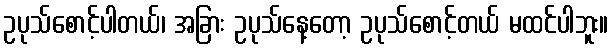
ဥပုသ်စောင့်ပါတယ်၊ အခြား ဥပုသ်နေ့တော့ ဥပုသ်စောင့်တယ် မထင်ပါဘူး။